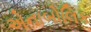
એનાબોલિક